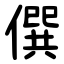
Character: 僎